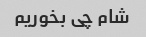
شام چی بخوریم